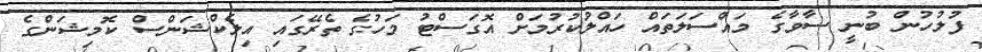
ފުލުހުން ބުނީ ސާވާގެ މައްސަލަތައް ހައްލުކުރުމަށް އޮގަސްޓު މަހުގެ ތެރޭގައި އިލެކްޝަންސް ކޮމިޝަންގެ